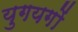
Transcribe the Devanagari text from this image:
युगयगों